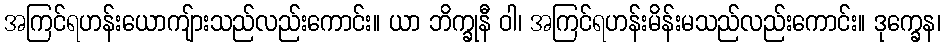
အကြင်ရဟန်းယောကျ်ားသည်လည်းကောင်း။ ယာ ဘိက္ခုနီ ဝါ၊ အကြင်ရဟန်းမိန်းမသည်လည်းကောင်း။ ဒုက္ခေန၊